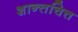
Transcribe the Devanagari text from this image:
शान्तचित्त